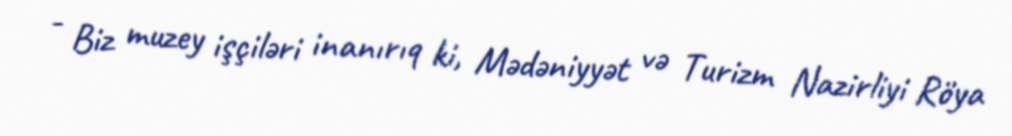
- Biz muzey işçiləri inanırıq ki, Mədəniyyət və Turizm Nazirliyi Röya